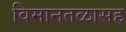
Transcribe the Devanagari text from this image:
विमानतळासह